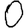
Digit: 0